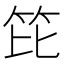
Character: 笓